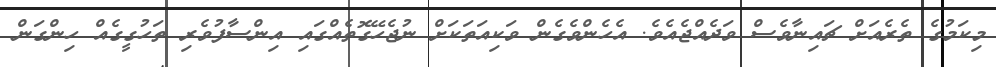
މިކަމުގެ ތެރެއަށް ޗައިނާވެސް ވަދެއްޖެއެވެ. އެހެންވެގެން ވަކިއަތަކަށް ނުޖެހޭގޮތެއްގައި އިންސާފުވެރި ތަހުގީގެއް ހިންގަން